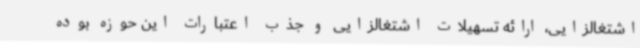
اشتغالزایی، ارائه تسهیلات اشتغالزایی و جذب اعتبارات این حوزه بوده